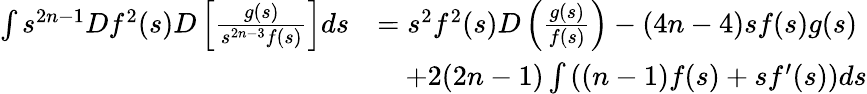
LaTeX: \begin{array}{rl}{\int s^{2n-1}Df^{2}(s)D\left[\frac{g(s)}{s^{2n-3}f(s)}\right]ds}&{=s^{2}f^{2}(s)D\left(\frac{g(s)}{f(s)}\right)-(4n-4)sf(s)g(s)}\\ &{\quad+2(2n-1)\int\left((n-1)f(s)+sf^{\prime}(s)\right)ds}\end{array}